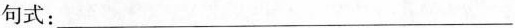
句式：____